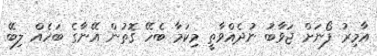
އާމިރު ފޯނަށް ޖަވާބު ނުދެއްވާތީ މިކަމާ ބެހޭ ގޮތުން އޭނާގެ ބަހެއް ލިބޭ